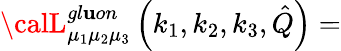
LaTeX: {\calL}_{\mu_{1}\mu_{2}\mu_{3}}^{gl\mathbf{u}on}\left(k_{1},k_{2},k_{3},\hat{{Q}}\right)=